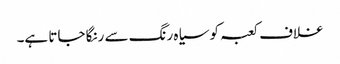
غلاف کعبہ کو سیاہ رنگ سے رنگا جاتا ہے۔